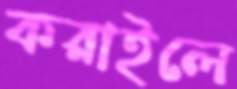
করাইলে